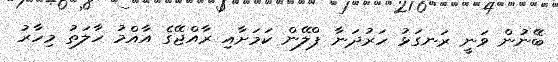
ބޭނުން ވަނީ ރަނގަޅު ހަރުދަނާ ޕްލޭން ކަމަށާއި ރާއްޖޭގެ އާއްމު ހާލަތު މިހާރު